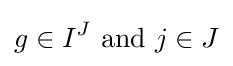
g\in I^{J}{\text{ and }}j\in J